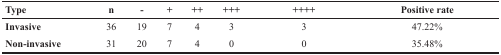
<table><thead><tr><td><b>Type</b></td><td><b>n</b></td><td><b>-</b></td><td><b>+</b></td><td><b>++</b></td><td><b>+++</b></td><td><b>++++</b></td><td><b>Positive rate</b></td></tr></thead><tbody><tr><td><b>Invasive</b></td><td>36</td><td>19</td><td>7</td><td>4</td><td>3</td><td>3</td><td>47.22%</td></tr><tr><td><b>Non-invasive</b></td><td>31</td><td>20</td><td>7</td><td>4</td><td>0</td><td>0</td><td>35.48%</td></tr></tbody></table>